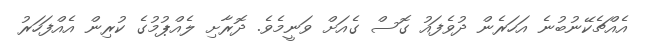
އެއްޗެކޭނުބުނެ އަހަރެން ދުވެފައު ގޮސް ގެއަށް ވަނީމެވެ. ދޮރާށި ލެއްޕުމުގެ ކުރިން އެއްފަހަރު